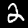
Label: 2